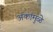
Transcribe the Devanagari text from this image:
अंकांमुळे